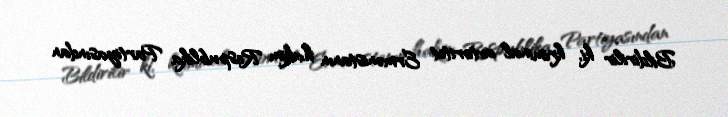
Bildirilir ki, kriminal avtoritet Ermənistanın hakim Respublika Partiyasından